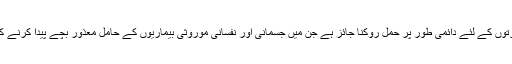
کيا ايسى عورتوں کے لئے دائمى طور پر حمل روکنا جائز ہے جن ميں جسمانى اور نفسانى موروثى بيماريوں کے حامل معذور بچے پيدا کرنے کى قابليت ہو؟